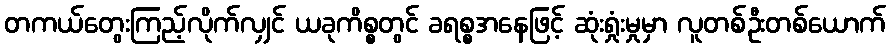
တကယ်တွေးကြည့်လိုက်လျှင် ယခုကိစ္စတွင် ခရစ္စအနေဖြင့် ဆုံးရှုံးမှုမှာ လူတစ်ဦးတစ်ယောက်